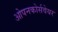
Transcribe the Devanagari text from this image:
ओपनकोर्सवेयर